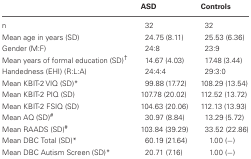
<table><thead><tr><td></td><td><b>ASD</b></td><td><b>Controls</b></td></tr></thead><tbody><tr><td>n</td><td>32</td><td>32</td></tr><tr><td>Mean age in years (SD)</td><td>24.75 (8.11)</td><td>25.53 (6.36)</td></tr><tr><td>Gender (M:F)</td><td>24:8</td><td>23:9</td></tr><tr><td>Mean years of formal education (SD)<sup>†</sup></td><td>14.67 (4.03)</td><td>17.48 (3.44)</td></tr><tr><td>Handedness (EHI) (R:L:A)</td><td>24:4:4</td><td>29:3:0</td></tr><tr><td>Mean KBIT-2 VIQ (SD)<sup>*</sup></td><td>99.88 (17.72)</td><td>108.29 (13.54)</td></tr><tr><td>Mean KBIT-2 PIQ (SD)</td><td>107.78 (20.02)</td><td>112.52 (13.72)</td></tr><tr><td>Mean KBIT-2 FSIQ (SD)</td><td>104.63 (20.06)</td><td>112.13 (13.93)</td></tr><tr><td>Mean AQ (SD)<sup>#</sup></td><td>30.97 (8.84)</td><td>13.29 (5.72)</td></tr><tr><td>Mean RAADS (SD)<sup>#</sup></td><td>103.84 (39.29)</td><td>33.52 (22.86)</td></tr><tr><td>Mean DBC Total (SD)<sup>*</sup></td><td>60.19 (21.64)</td><td>1.00 (−)</td></tr><tr><td>Mean DBC Autism Screen (SD)<sup>*</sup></td><td>20.71 (7.16)</td><td>1.00 (−)</td></tr></tbody></table>